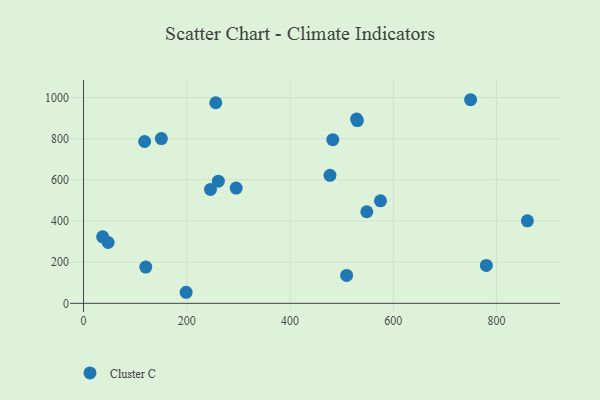
{"axis": {"x": "Distance", "y": "Sales"}, "legend": ["Cluster C"], "data": [{"x": "120.6", "y": 176.4, "type": "Cluster C"}, {"x": "150.8", "y": 800.7, "type": "Cluster C"}, {"x": "530.5", "y": 888.2, "type": "Cluster C"}, {"x": "198.8", "y": 53.7, "type": "Cluster C"}, {"x": "749.9", "y": 989.4, "type": "Cluster C"}, {"x": "37.0", "y": 323.4, "type": "Cluster C"}, {"x": "246.0", "y": 553.4, "type": "Cluster C"}, {"x": "295.7", "y": 560.0, "type": "Cluster C"}, {"x": "780.4", "y": 184.1, "type": "Cluster C"}, {"x": "509.7", "y": 135.4, "type": "Cluster C"}, {"x": "256.2", "y": 974.7, "type": "Cluster C"}, {"x": "261.2", "y": 593.8, "type": "Cluster C"}, {"x": "482.9", "y": 795.4, "type": "Cluster C"}, {"x": "548.8", "y": 445.0, "type": "Cluster C"}, {"x": "118.4", "y": 786.3, "type": "Cluster C"}, {"x": "859.9", "y": 400.8, "type": "Cluster C"}, {"x": "477.5", "y": 622.2, "type": "Cluster C"}, {"x": "575.3", "y": 498.0, "type": "Cluster C"}, {"x": "529.1", "y": 895.2, "type": "Cluster C"}, {"x": "47.7", "y": 295.5, "type": "Cluster C"}]}